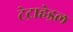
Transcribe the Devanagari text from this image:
टेट्राहेड्रल